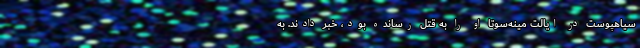
سیاهپوست در ایالت مینه‌سوتا او را به قتل رسانده بود، خبر دادند. به